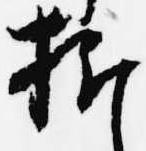
折